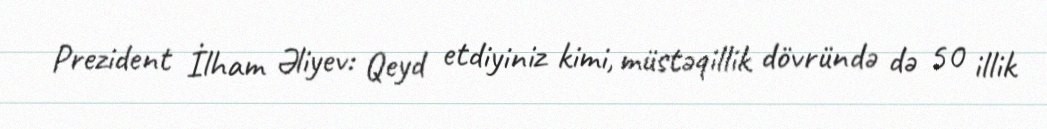
Prezident İlham Əliyev: Qeyd etdiyiniz kimi, müstəqillik dövründə də 50 illik